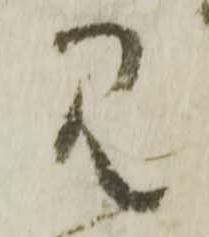
見